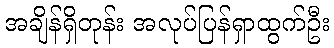
အချိန်ရှိတုန်း အလုပ်ပြန်ရှာထွက်ဦး